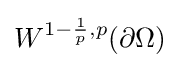
W^{1-{\frac {1}{p}},p}(\partial \Omega )